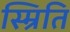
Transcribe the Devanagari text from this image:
स्म्रिति